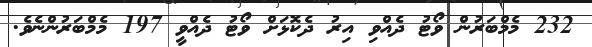
232 މެމްބަރުން ވޯޓު ދެއްވި އިރު ދެކޮޅަށް ވޯޓު ދެއްވީ 197 މެމްބަރުންނެވެ.